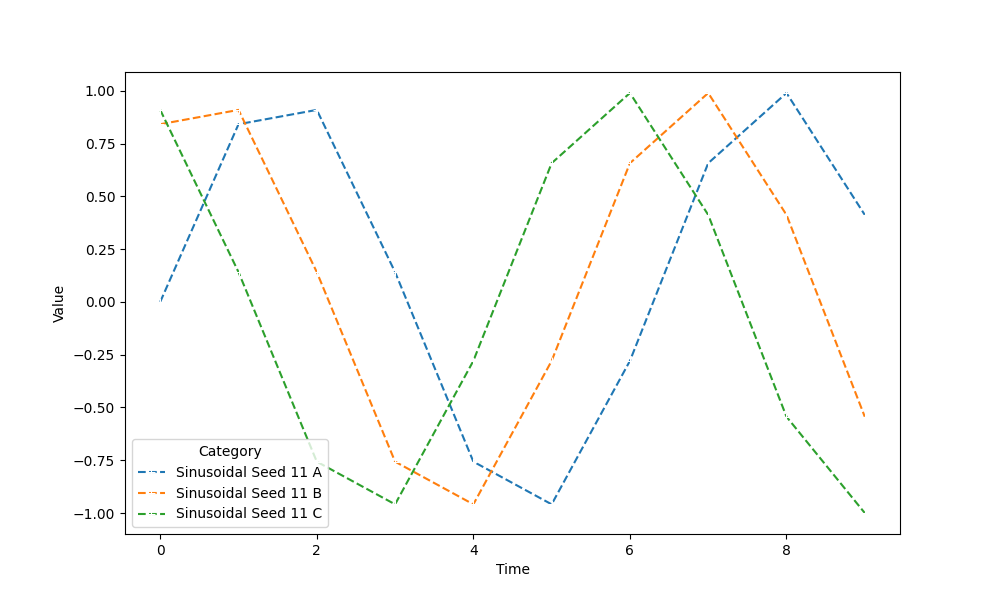
python, seaborn, lineplot, style='dashed', marker='+'